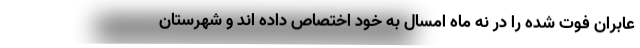
عابران فوت شده را در نه ماه امسال به خود اختصاص داده اند و شهرستان